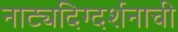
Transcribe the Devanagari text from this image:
नाट्यदिग्दर्शनाची